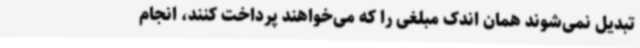
تبدیل نمی‌شوند همان اندک مبلغی را که می‌خواهند پرداخت کنند، انجام